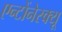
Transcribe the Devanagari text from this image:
एन्टोंनेस्क्यू